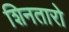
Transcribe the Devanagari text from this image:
शिनतारो